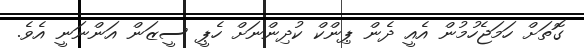
ގޮތަށް ހަމަޖެހުމުން އެއީ ދެން ޕިންކް ކުދިންނަށް ހެޕީ ސީޒަން އަންނަނީ އެވެ.